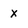
Character: x